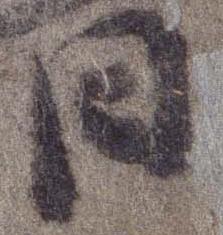
日